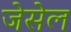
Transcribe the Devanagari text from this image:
जेसेल